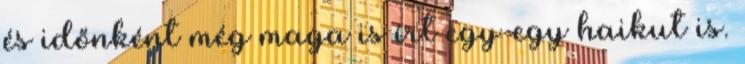
és időnként még maga is írt egy-egy haikut is.